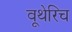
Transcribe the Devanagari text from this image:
वूथेरिच